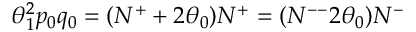
\theta _ { 1 } ^ { 2 } p _ { 0 } q _ { 0 } = ( N ^ { + } + 2 \theta _ { 0 } ) N ^ { + } = ( N ^ { -- } 2 \theta _ { 0 } ) N ^ { - }